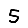
Digit: 5